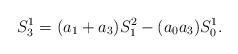
LaTeX: \begin{align*} S_3^1=(a_1+a_3)S_1^2 - (a_0 a_3)S_0^1.\end{align*}